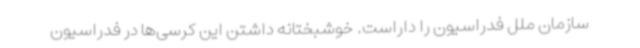
سازمان ملل فدراسیون را داراست. خوشبختانه داشتن این کرسی‌ها در فدراسیون